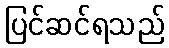
ပြင်ဆင်ရသည်